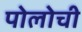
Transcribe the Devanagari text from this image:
पोलोची